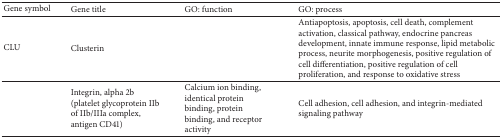
<table><thead><tr><td><b>Gene symbol</b></td><td><b>Gene title</b></td><td><b>GO: function</b></td><td><b>GO: process</b></td></tr></thead><tbody><tr><td>CLU</td><td>Clusterin</td><td>[EMPTY_CELL]</td><td>Antiapoptosis, apoptosis, cell death, complement activation, classical pathway, endocrine pancreas development, innate immune response, lipid metabolic process, neurite morphogenesis, positive regulation of cell differentiation, positive regulation of cell proliferation, and response to oxidative stress</td></tr><tr><td>[EMPTY_CELL]</td><td>Integrin, alpha 2b (platelet glycoprotein IIb of IIb/IIIa complex, antigen CD41)</td><td>Calcium ion binding, identical protein binding, protein binding, and receptor activity</td><td>Cell adhesion, cell adhesion, and integrin-mediated signaling pathway</td></tr></tbody></table>